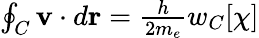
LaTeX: \begin{array}{r}{\oint_{C}{\mathbf v}\cdot d{\mathbf r}={\frac{h}{2m_{e}}}w_{C}[\chi]}\end{array}